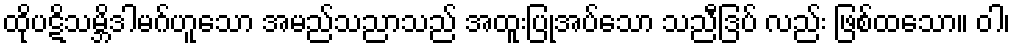
ထိုပဋိသမ္ဘိဒါမဂ်ဟူသော အမည်သညာသည် အထူးပြုအပ်သော သညီဒြပ် လည်း ဖြစ်ထသော။ ဝါ၊